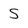
Character: S